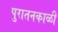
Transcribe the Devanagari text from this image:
पुरातनकाळी